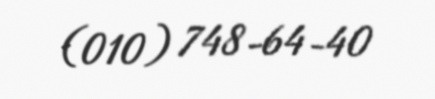
(010) 748-64-40